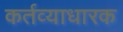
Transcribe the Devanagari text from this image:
कर्तव्याधारक